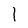
Character: 1